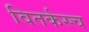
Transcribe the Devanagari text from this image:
वितर्कस्च